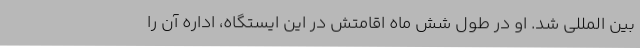
بین المللی شد. او در طول شش ماه اقامتش در این ایستگاه، اداره آن را